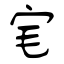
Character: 宒